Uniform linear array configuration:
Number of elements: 12
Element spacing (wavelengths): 0.25
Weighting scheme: hamming
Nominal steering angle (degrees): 15
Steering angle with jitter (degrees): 13.909
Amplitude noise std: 0.05
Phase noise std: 0.05

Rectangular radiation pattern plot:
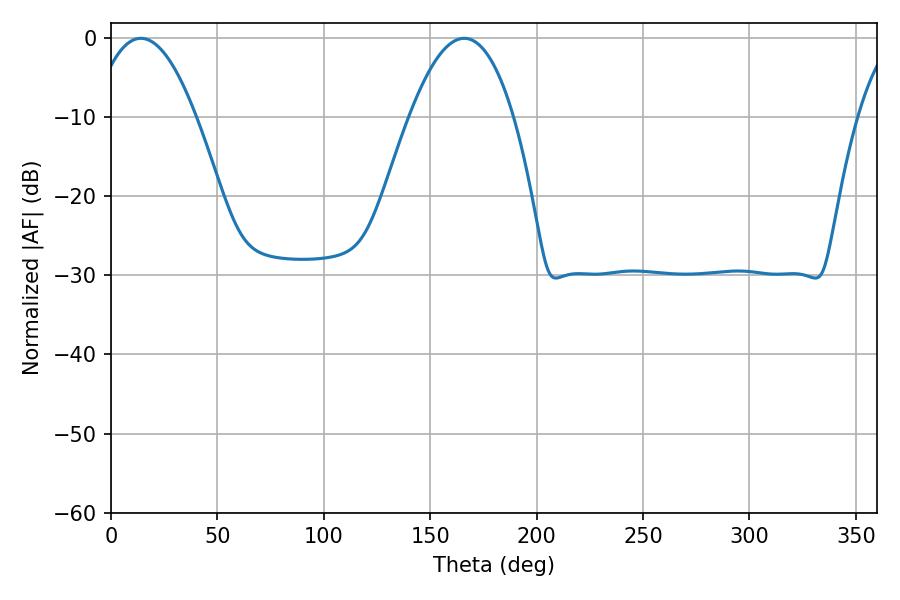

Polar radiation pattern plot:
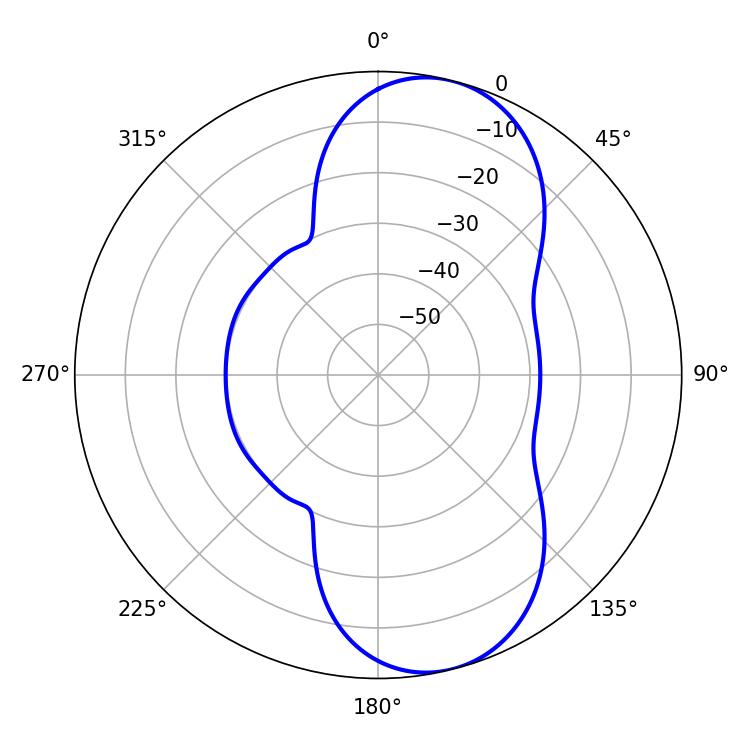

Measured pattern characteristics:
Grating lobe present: FALSE
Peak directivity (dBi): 8.927
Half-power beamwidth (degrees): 26.82
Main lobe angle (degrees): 14.04